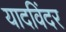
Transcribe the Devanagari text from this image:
यादविंदर